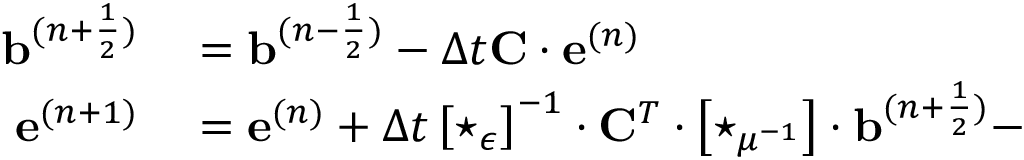
\begin{array} { r l } { \mathbf { b } ^ { ( n + \frac { 1 } { 2 } ) } } & { { } = \mathbf { b } ^ { ( n - \frac { 1 } { 2 } ) } - \Delta t \mathbf { C } \cdot \mathbf { e } ^ { ( n ) } } \\ { \mathbf { e } ^ { ( n + 1 ) } } & { { } = \mathbf { e } ^ { ( n ) } + \Delta t \left[ \star _ { \epsilon } \right] ^ { - 1 } \cdot { \mathbf { C } } ^ { T } \cdot \left[ \star _ { \mu ^ { - 1 } } \right] \cdot \mathbf { b } ^ { ( n + \frac { 1 } { 2 } ) } - } \end{array}